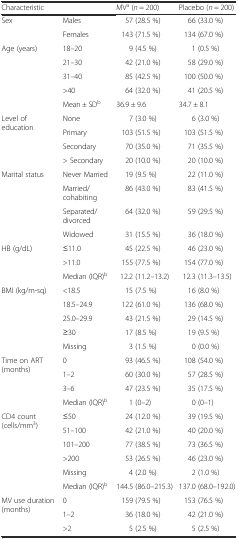
<table><thead><tr><td colspan="2"><b>Characteristic</b></td><td><b>MV<sup>a</sup> (<i>n</i> = 200)</b></td><td><b>Placebo (<i>n</i> = 200)</b></td></tr></thead><tbody><tr><td rowspan="2">Sex</td><td>Males</td><td>57 (28.5 %)</td><td>66 (33.0 %)</td></tr><tr><td>Females</td><td>143 (71.5 %)</td><td>134 (67.0 %)</td></tr><tr><td rowspan="5">Age (years)</td><td>18–20</td><td>9 (4.5 %)</td><td>1 (0.5 %)</td></tr><tr><td>21–30</td><td>42 (21.0 %)</td><td>58 (29.0 %)</td></tr><tr><td>31–40</td><td>85 (42.5 %)</td><td>100 (50.0 %)</td></tr><tr><td>&gt;40</td><td>64 (32.0 %)</td><td>41 (20.5 %)</td></tr><tr><td>Mean ± SD<sup>b</sup></td><td>36.9 ± 9.6</td><td>34.7 ± 8.1</td></tr><tr><td rowspan="4">Level of education</td><td>None</td><td>7 (3.0 %)</td><td>6 (3.0 %)</td></tr><tr><td>Primary</td><td>103 (51.5 %)</td><td>103 (51.5 %)</td></tr><tr><td>Secondary</td><td>70 (35.0 %)</td><td>71 (35.5 %)</td></tr><tr><td>&gt; Secondary</td><td>20 (10.0 %)</td><td>20 (10.0 %)</td></tr><tr><td rowspan="4">Marital status</td><td>Never Married</td><td>19 (9.5 %)</td><td>22 (11.0 %)</td></tr><tr><td>Married/cohabiting</td><td>86 (43.0 %)</td><td>83 (41.5 %)</td></tr><tr><td>Separated/divorced</td><td>64 (32.0 %)</td><td>59 (29.5 %)</td></tr><tr><td>Widowed</td><td>31 (15.5 %)</td><td>36 (18.0 %)</td></tr><tr><td rowspan="3">HB (g/dL)</td><td>≤11.0</td><td>45 (22.5 %)</td><td>46 (23.0 %)</td></tr><tr><td>&gt;11.0</td><td>155 (77.5 %)</td><td>154 (77.0 %)</td></tr><tr><td>Median (IQR)<sup>b</sup></td><td>12.2 (11.2–13.2)</td><td>12.3 (11.3–13.5)</td></tr><tr><td rowspan="5">BMI (kg/m-sq)</td><td>&lt;18.5</td><td>15 (7.5 %)</td><td>16 (8.0 %)</td></tr><tr><td>18.5–24.9</td><td>122 (61.0 %)</td><td>136 (68.0 %)</td></tr><tr><td>25.0–29.9</td><td>43 (21.5 %)</td><td>29 (14.5 %)</td></tr><tr><td>≥30</td><td>17 (8.5 %)</td><td>19 (9.5 %)</td></tr><tr><td>Missing</td><td>3 (1.5 %)</td><td>0 (0.0 %)</td></tr><tr><td rowspan="4">Time on ART (months)</td><td>0</td><td>93 (46.5 %)</td><td>108 (54.0 %)</td></tr><tr><td>1–2</td><td>60 (30.0 %)</td><td>57 (28.5 %)</td></tr><tr><td>3–6</td><td>47 (23.5 %)</td><td>35 (17.5 %)</td></tr><tr><td>Median (IQR)<sup>b</sup></td><td>1 (0–2)</td><td>0 (0–1)</td></tr><tr><td rowspan="6">CD4 count (cells/mm<sup>3</sup>)</td><td>≤50</td><td>24 (12.0 %)</td><td>39 (19.5 %)</td></tr><tr><td>51–100</td><td>42 (21.0 %)</td><td>40 (20.0 %)</td></tr><tr><td>101–200</td><td>77 (38.5 %)</td><td>73 (36.5 %)</td></tr><tr><td>&gt;200</td><td>53 (26.5 %)</td><td>46 (23.0 %)</td></tr><tr><td>Missing</td><td>4 (2.0 %)</td><td>2 (1.0 %)</td></tr><tr><td>Median (IQR)<sup>b</sup></td><td>144.5 (86.0–215.3)</td><td>137.0 (68.0–192.0)</td></tr><tr><td rowspan="3">MV use duration (months)</td><td>0</td><td>159 (79.5 %)</td><td>153 (76.5 %)</td></tr><tr><td>1–2</td><td>36 (18.0 %)</td><td>42 (21.0 %)</td></tr><tr><td>&gt;2</td><td>5 (2.5 %)</td><td>5 (2.5 %)</td></tr></tbody></table>